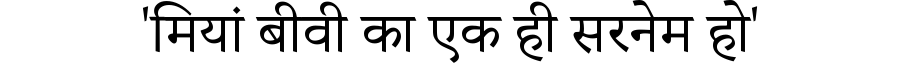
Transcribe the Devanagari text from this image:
'मियां बीवी का एक ही सरनेम हो'